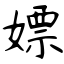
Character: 嫖